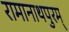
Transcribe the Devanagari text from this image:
रामानाथपुरम्